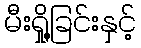
မီးရှို့ခြင်းနှင့်